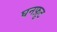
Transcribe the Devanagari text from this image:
घनफ़ुट